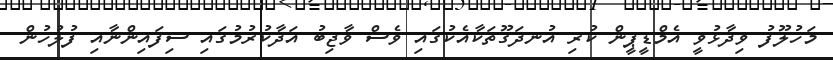
މަހުލޫފު ވިދާޅުވީ އެމްޑީޕީން ކުރި އުނދަގޫތަކާއެކުގައި ވެސް ވާޖިބު އަދާކުރުމުގައި ސިފައިންނާއި ފުލުހުން